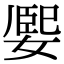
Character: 𡟮